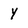
Character: Y